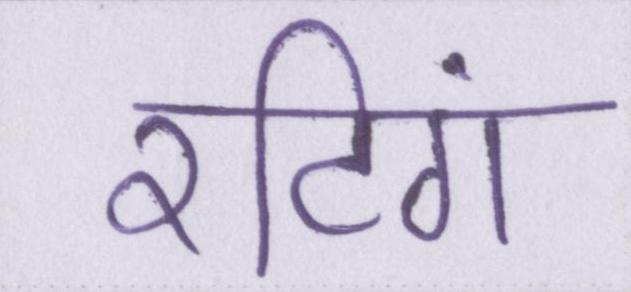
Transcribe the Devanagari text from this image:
रटिंग